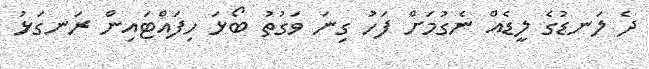
ދެ ލަނޑުގެ ލީޑެއް ނެގުމަށް ފަހު ގިނަ ވަގުތު ބޯޅަ ހިފައްޓައިން ރަނގަޅު